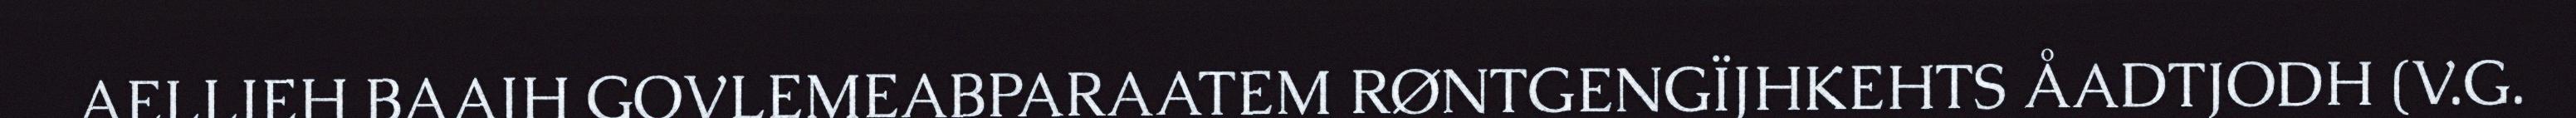
AELLIEH BAAJH GOVLEMEABPARAATEM RØNTGENGÏJHKEHTS ÅADTJODH (V.G.